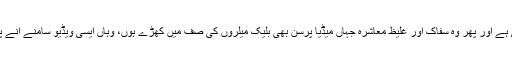
ایسے عالم میں بدنامی کے خوف سے عقل ماؤف ہو جاتی ہے اور پھر وہ سفاک اور غلیظ معاشرہ جہاں میڈیا پرسن بھی بلیک میلروں کی صف میں کھڑے ہوں، وہاں ایسی ویڈیو سامنے آنے پر لوگ خودکشیاں کرتے ہیں، بچیاں آگ لگاکر مرتی ہیں۔